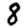
Digit: 8